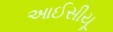
આઈસીયૂ